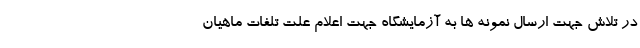
در تلاش جهت ارسال نمونه ها به آزمایشگاه جهت اعلام علت تلفات ماهیان